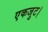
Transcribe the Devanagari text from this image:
एकजुट।